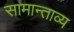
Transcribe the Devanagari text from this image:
सामान्ताव्य